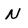
Character: N